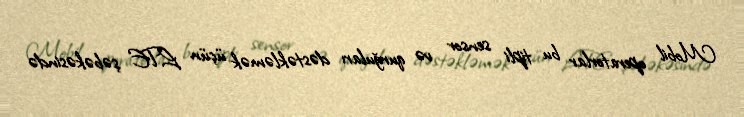
Mobil operatorlar bu tipli sensor və qurğuları dəstəkləmək üçün LTE şəbəkəsində